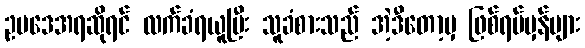
ဥပဒေအရဆိုရင် လက်ခံရယူပြီး သူခံစားသည် အဲ့ဒီတော့မှ ဖြစ်ရပ်မှန်များ